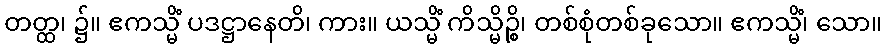
တတ္ထ၊ ၌။ ဧကသ္မိံ ပဒဋ္ဌာနေတိ၊ ကား။ ယသ္မိံ ကိသ္မိဉ္စိ၊ တစ်စုံတစ်ခုသော။ ဧကသ္မိံ၊ သော။